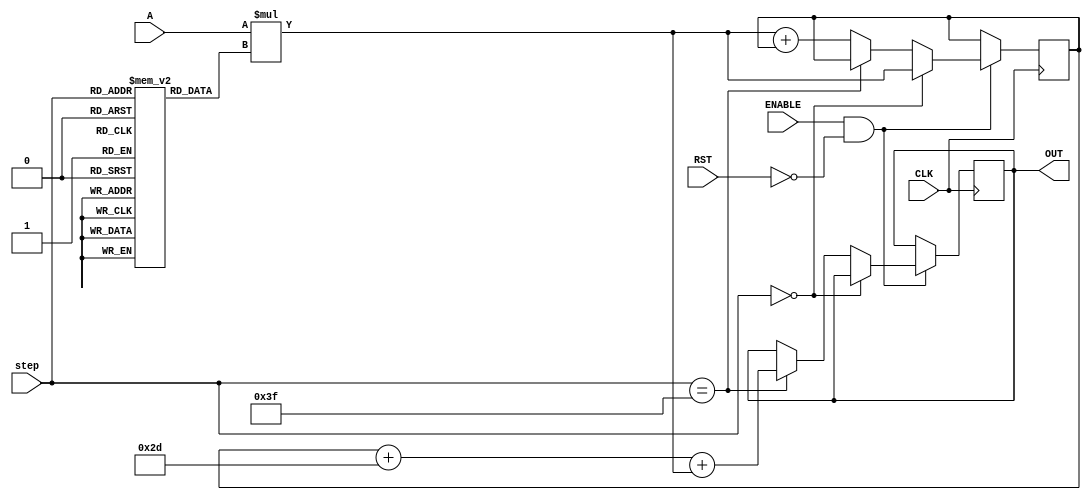
// This program was cloned from: https://github.com/ilaydayaman/CNN_for_SLR
// License: BSD 2-Clause "Simplified" License

`timescale 1ns / 1ps

module NODE_14(
input signed [35:0] A,
input [5:0] step,
input CLK,
input ENABLE,
input RST,
output reg signed [39:0] OUT //16-bit output
    );
    
reg signed [39:0] accumulator = 40'd0; //store the matrix mult here
reg signed [8:0] weights [63:0]; //store the weights here
reg signed [7:0] bias; //store node bias here

initial begin
   weights[0]<=9'b111010001;
   weights[1]<=9'b000001100;
   weights[2]<=9'b000001001;
   weights[3]<=9'b000010110;
   weights[4]<=9'b000000001;
   weights[5]<=9'b000101011;
   weights[6]<=9'b000110100;
   weights[7]<=9'b000011100;
   weights[8]<=9'b111111111;
   weights[9]<=9'b000001100;
   weights[10]<=9'b111101100;
   weights[11]<=9'b000010001;
   weights[12]<=9'b000011001;
   weights[13]<=9'b110110000;
   weights[14]<=9'b111111011;
   weights[15]<=9'b111100010;
   weights[16]<=9'b000010101;
   weights[17]<=9'b000110011;
   weights[18]<=9'b000010000;
   weights[19]<=9'b000110111;
   weights[20]<=9'b000100111;
   weights[21]<=9'b000101001;
   weights[22]<=9'b000000100;
   weights[23]<=9'b000011010;
   weights[24]<=9'b111011110;
   weights[25]<=9'b111101001;
   weights[26]<=9'b000010101;
   weights[27]<=9'b111101101;
   weights[28]<=9'b000000001;
   weights[29]<=9'b111100000;
   weights[30]<=9'b000100001;
   weights[31]<=9'b111011001;
   weights[32]<=9'b111101101;
   weights[33]<=9'b111100011;
   weights[34]<=9'b000011101;
   weights[35]<=9'b111111110;
   weights[36]<=9'b000000101;
   weights[37]<=9'b111101100;
   weights[38]<=9'b000010110;
   weights[39]<=9'b111111100;
   weights[40]<=9'b111100101;
   weights[41]<=9'b111001011;
   weights[42]<=9'b000000111;
   weights[43]<=9'b111101000;
   weights[44]<=9'b000100101;
   weights[45]<=9'b000010110;
   weights[46]<=9'b000100101;
   weights[47]<=9'b111110101;
   weights[48]<=9'b111100000;
   weights[49]<=9'b111010101;
   weights[50]<=9'b111010100;
   weights[51]<=9'b000011101;
   weights[52]<=9'b111011011;
   weights[53]<=9'b111100010;
   weights[54]<=9'b000111110;
   weights[55]<=9'b000000111;
   weights[56]<=9'b111111011;
   weights[57]<=9'b111011010;
   weights[58]<=9'b111110000;
   weights[59]<=9'b000000010;
   weights[60]<=9'b000100011;
   weights[61]<=9'b000001000;
   weights[62]<=9'b111111111;
   weights[63]<=9'b000001010;
   bias<=8'b11101101;
 end
 
 always @ ( posedge CLK )
 begin
    if( ENABLE == 1 && RST == 0 )
    begin
        if ( step == 0 )
        begin
            accumulator <=  A * weights[step];
        end
        else if( step == 63 )
        begin
            OUT <= accumulator + bias + A * weights[step];
        end else accumulator <=  A * weights[step] + accumulator;
    end
 end

endmodule